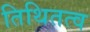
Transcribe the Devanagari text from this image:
तिथितत्व